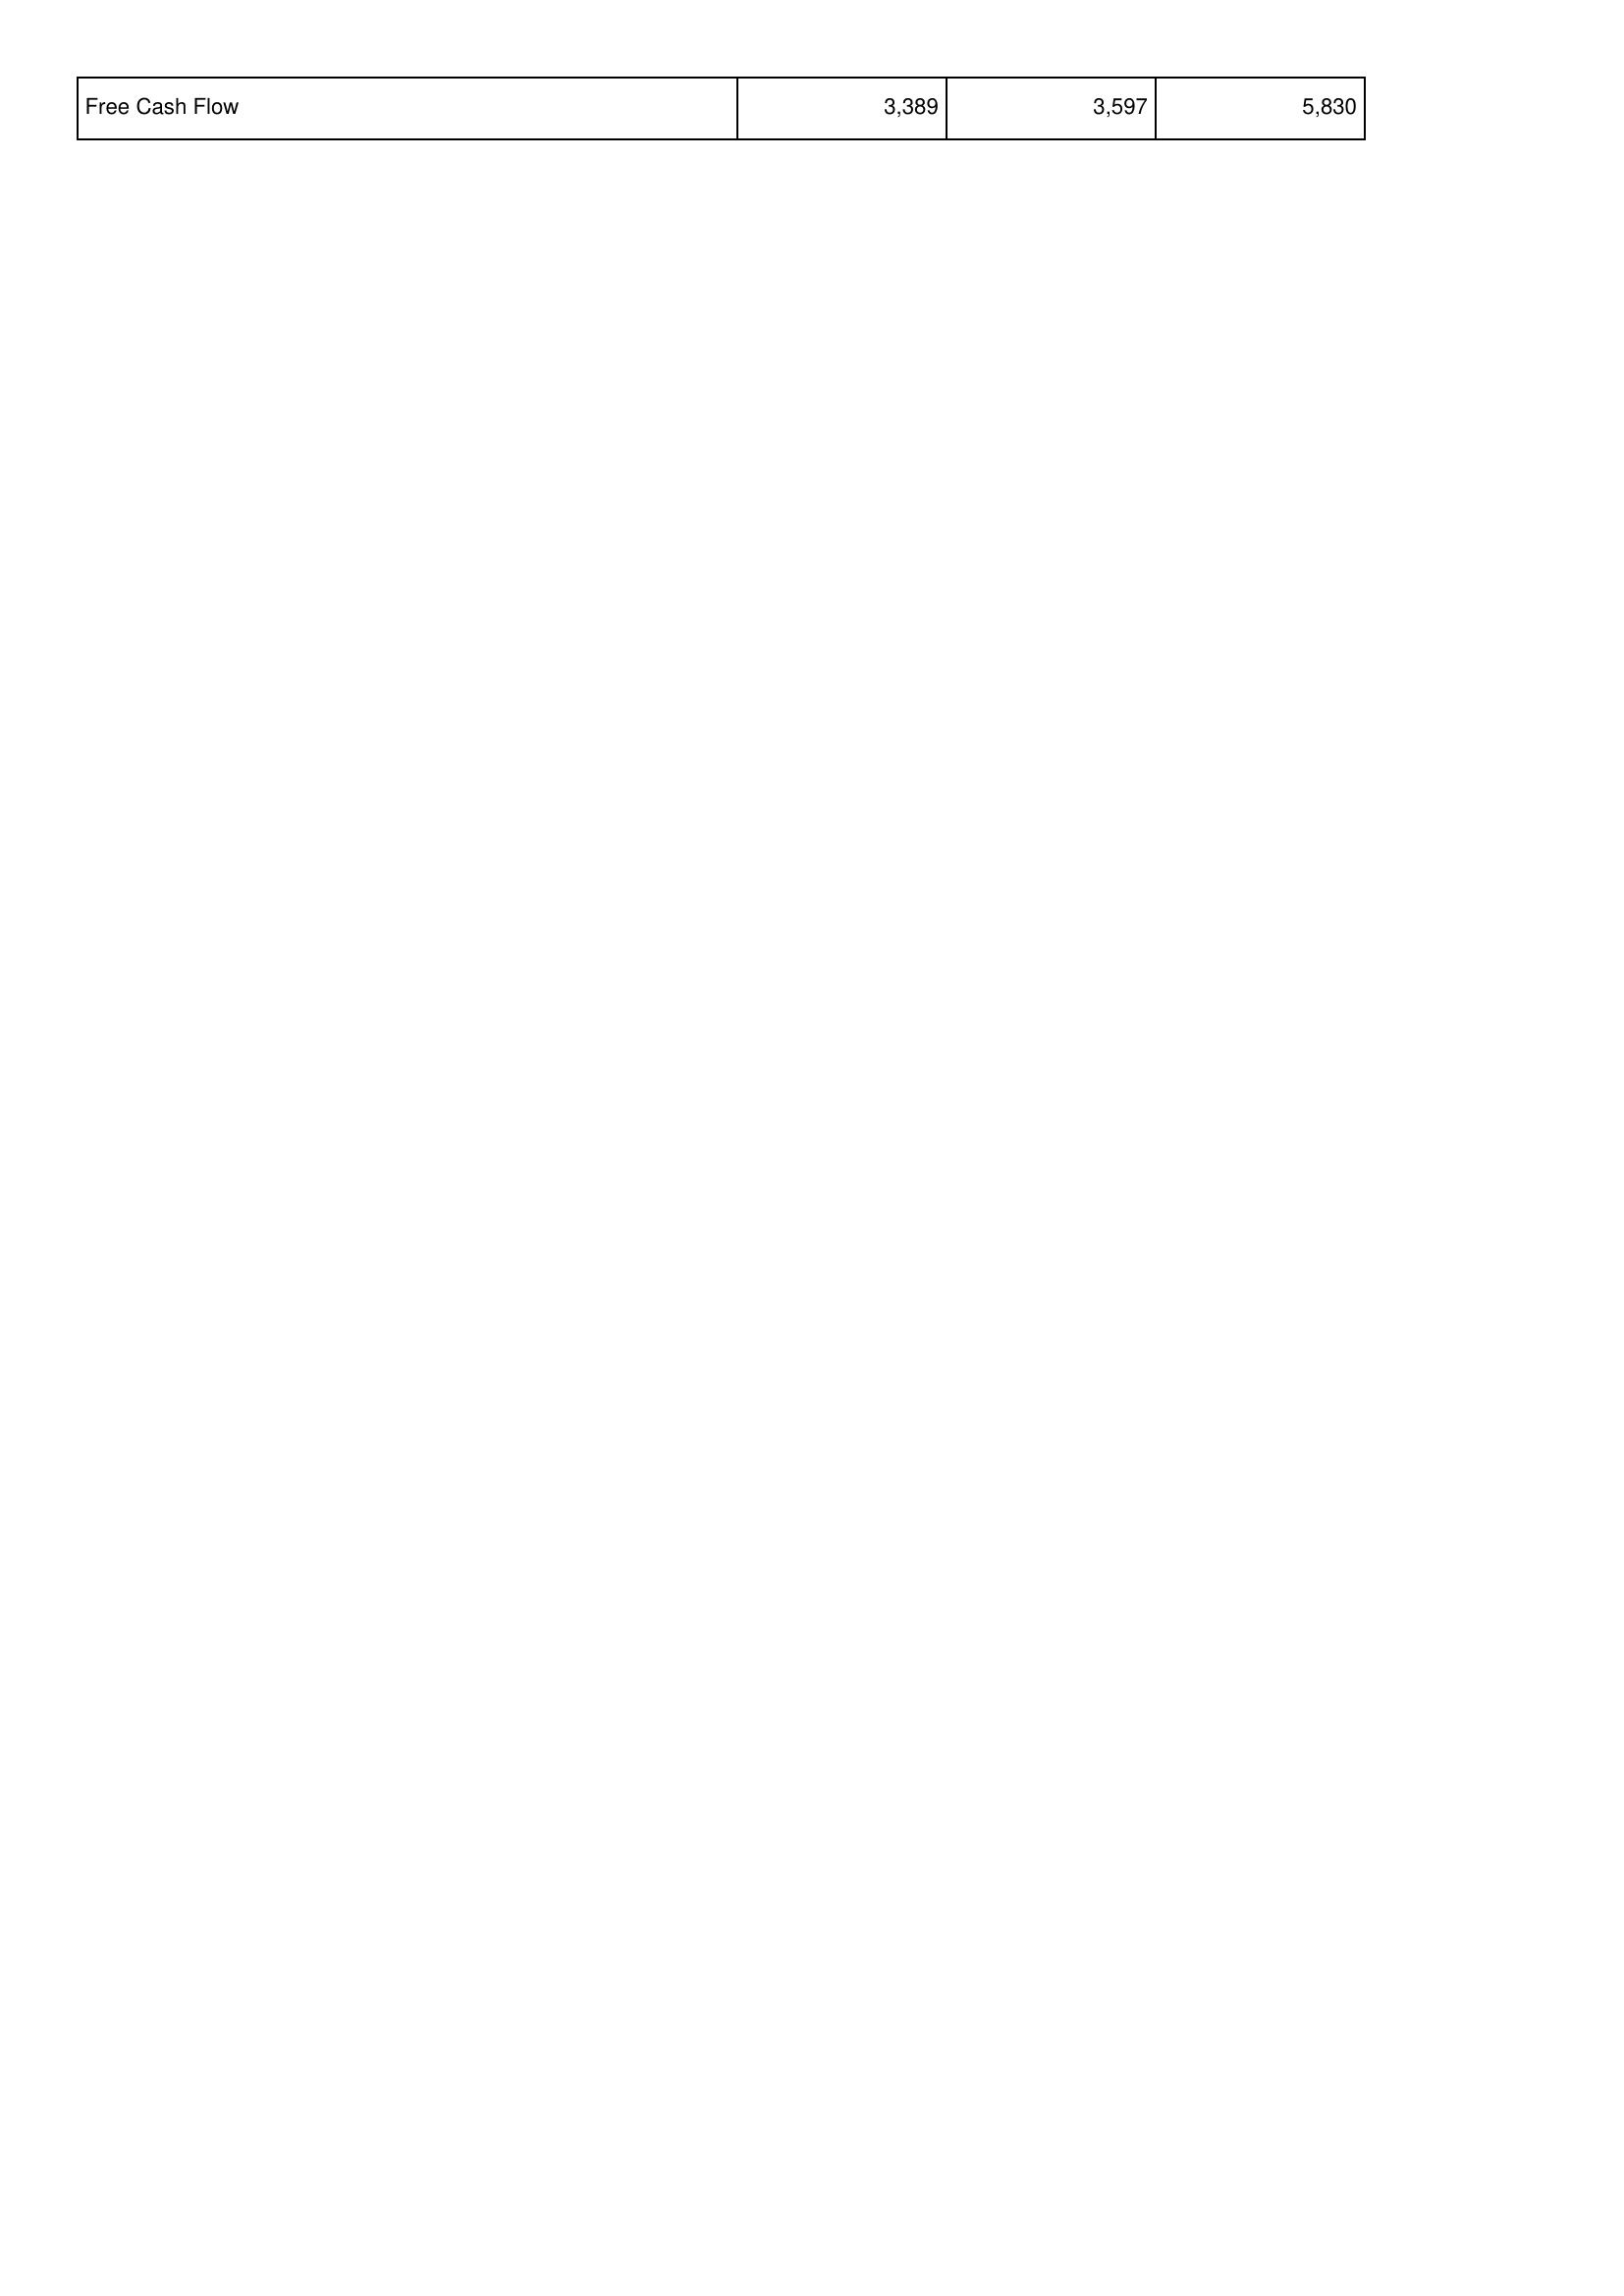
2018: Financing Activities: Free Cash Flow: 3,389
2019: Financing Activities: Free Cash Flow: 3,597
2020: Financing Activities: Free Cash Flow: 5,830